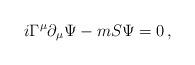
LaTeX: \begin{align*}i \Gamma^\mu \partial_\mu \Psi - m S \Psi=0 \, ,\end{align*}